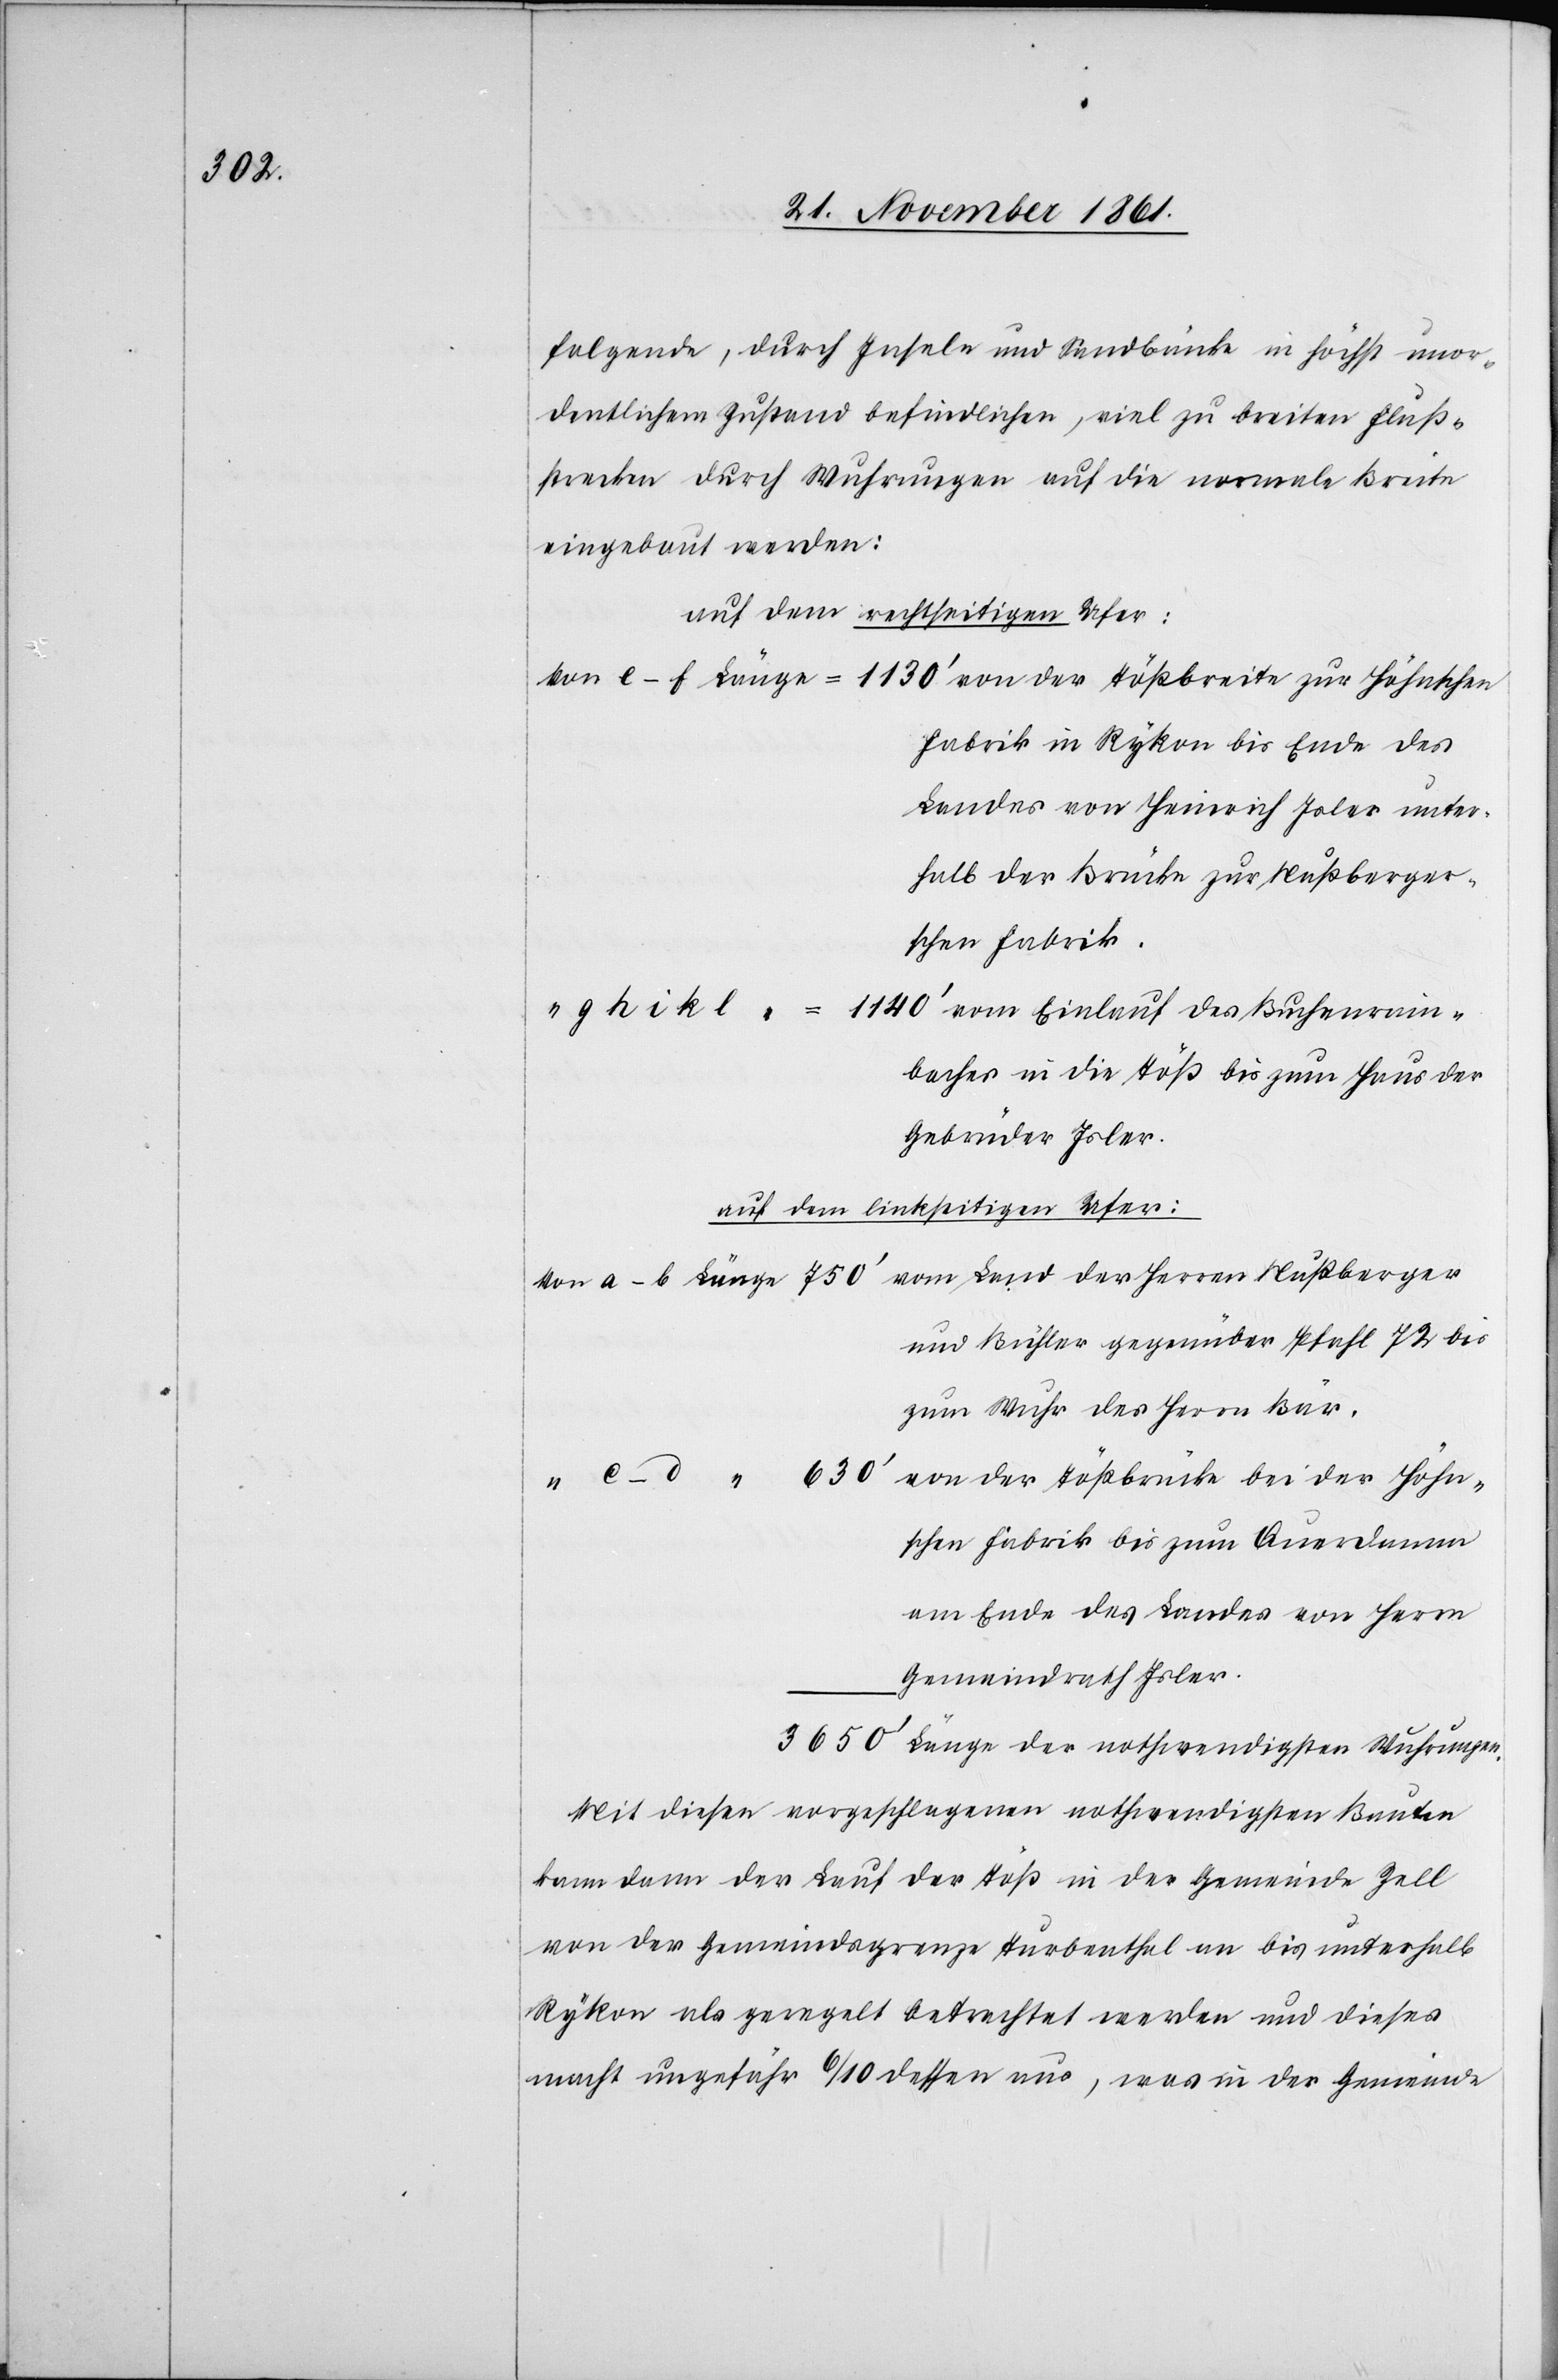
folgende, durch Inseln und Sandbänke in höchst unor¬
dentlichem Zustand befindlichen, viel zu breiten Fluß¬
strecken durch Wuhrungen auf die normale Breite
eingebaut werden:
auf dem rechtseitigen Ufer:
Höhn¬
Fabrik in Rykon bis Ende des
Landes von Heinrich Isler unter¬
halb der Brücke zur Nußberger¬
schen Fabrik.
g h i k l
vom Einlauf des Buchenrain¬
baches in die Töß bis zum Haus der
Gebrüder Isler.
auf dem linkseitigen Ufer:
und Bühler gegenüber Pfahl 72 bis
zum Wuhr des Herrn Bär.
schen Fabrik bis zum Querdamme
am Ende Landes von Herrn
Gemeindrath Isler.
Länge der nothwendigsten Wuhrungen.
Mit diesen vorgeschlagenen nothwendigsten Bauten
kann dann der Lauf der Töß in der Gemeinde Zell
von der Gemeindsgrenze Turbenthal an bis unterhalb
Rykon als geregelt betrachtet werden und dieses
macht ungefähr 6/10 dessen aus, was in der Gemeinde